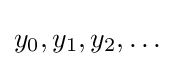
y_{0},y_{1},y_{2},\ldots